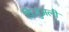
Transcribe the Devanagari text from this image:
विज़ुअली